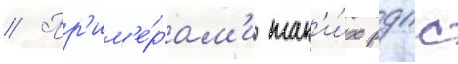
// Пр'им'е́рам'и так'и́х рдпс